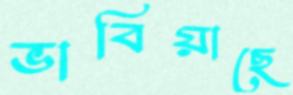
ভাবিয়াছে